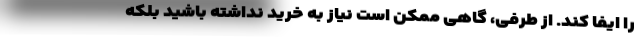
را ایفا کند. از طرفی، گاهی ممکن است نیاز به خرید نداشته باشید بلکه